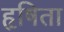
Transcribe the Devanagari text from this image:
हृषिता